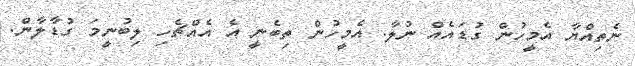
ނެތިއްޔާ އެމީހުން ގުޑައެއް ނުލާ. އެމީހުން ތިބެނީ އެ އެއްޗެހި ލިބުނީމަ ގުޑާލާން.